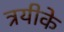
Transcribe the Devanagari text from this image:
त्रयीके